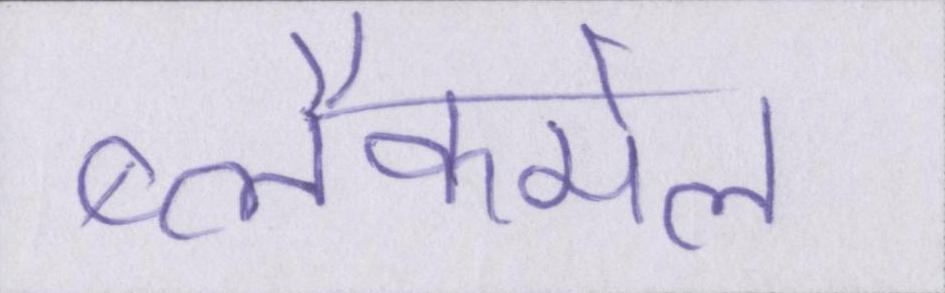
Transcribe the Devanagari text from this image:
ब्लैकमेल